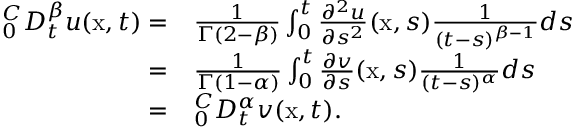
\begin{array} { r l } { _ { 0 } ^ { C } D _ { t } ^ { \beta } u ( \mathrm { x } , t ) = } & { \frac { 1 } { \Gamma ( 2 - \beta ) } \int _ { 0 } ^ { t } \frac { \partial ^ { 2 } u } { \partial s ^ { 2 } } ( \mathrm { x } , s ) \frac { 1 } { ( t - s ) ^ { \beta - 1 } } d s } \\ { = } & { \frac { 1 } { \Gamma ( 1 - \alpha ) } \int _ { 0 } ^ { t } \frac { \partial v } { \partial s } ( \mathrm { x } , s ) \frac { 1 } { ( t - s ) ^ { \alpha } } d s } \\ { = } & { _ { 0 } ^ { C } D _ { t } ^ { \alpha } v ( \mathrm { x } , t ) . } \end{array}